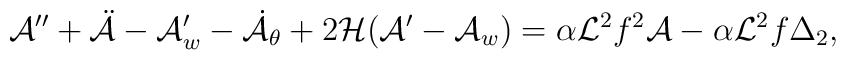
{\cal A}'' + \ddot{{\cal A}} - {\cal A}'_w - \dot{{\cal A}}_{\theta} + 2 {\cal H} ( {\cal A}'-{\cal A}_w)= \alpha {\cal L}^2 f^2 {\cal A} - \alpha {\cal L}^2 f \Delta_2,